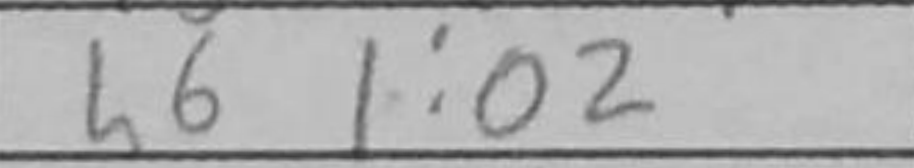
Transcription: h6